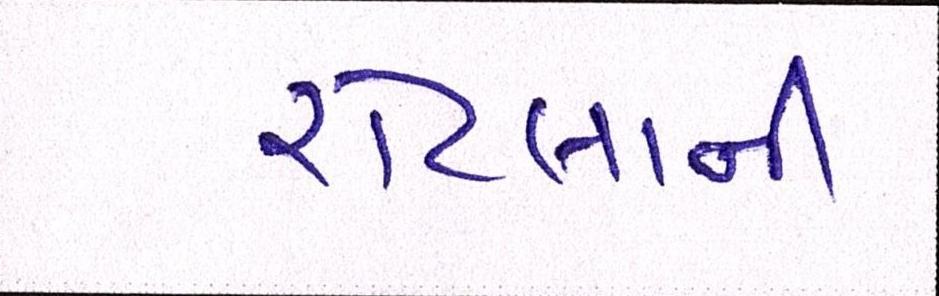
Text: રોટલાની